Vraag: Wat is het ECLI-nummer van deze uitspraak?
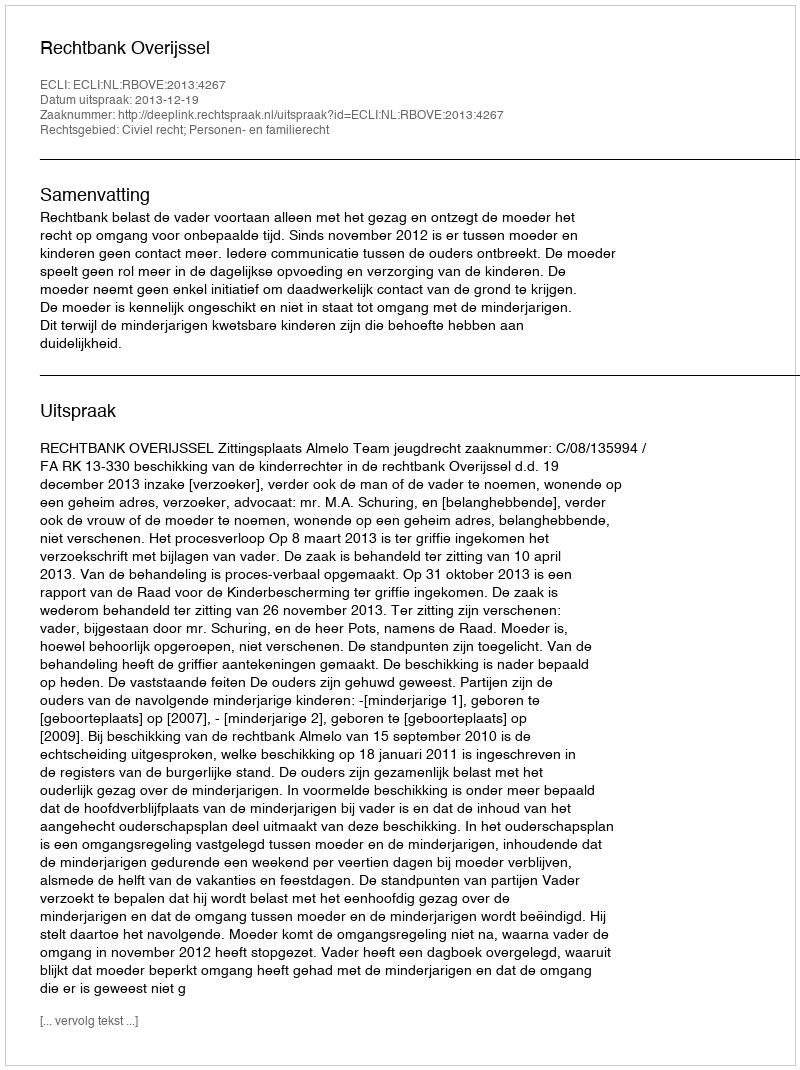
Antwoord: ECLI:NL:RBOVE:2013:4267